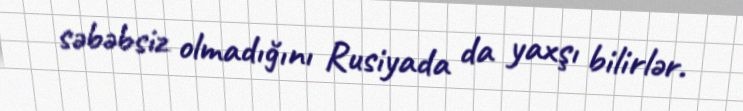
səbəbsiz olmadığını Rusiyada da yaxşı bilirlər.